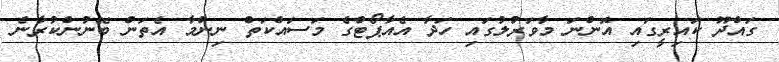
ގައްދޫ ކައިރީގައި އޮންނަ މާވަރުލުގައި ހަދާ އެއާޕޯޓްގެ މަސައްކަތް ނިންމާ އެތަން ބޭނުންކުރާނެ